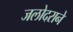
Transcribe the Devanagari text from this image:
जलोदराने